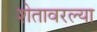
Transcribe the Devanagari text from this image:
शेतावरल्या